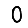
Digit: 0